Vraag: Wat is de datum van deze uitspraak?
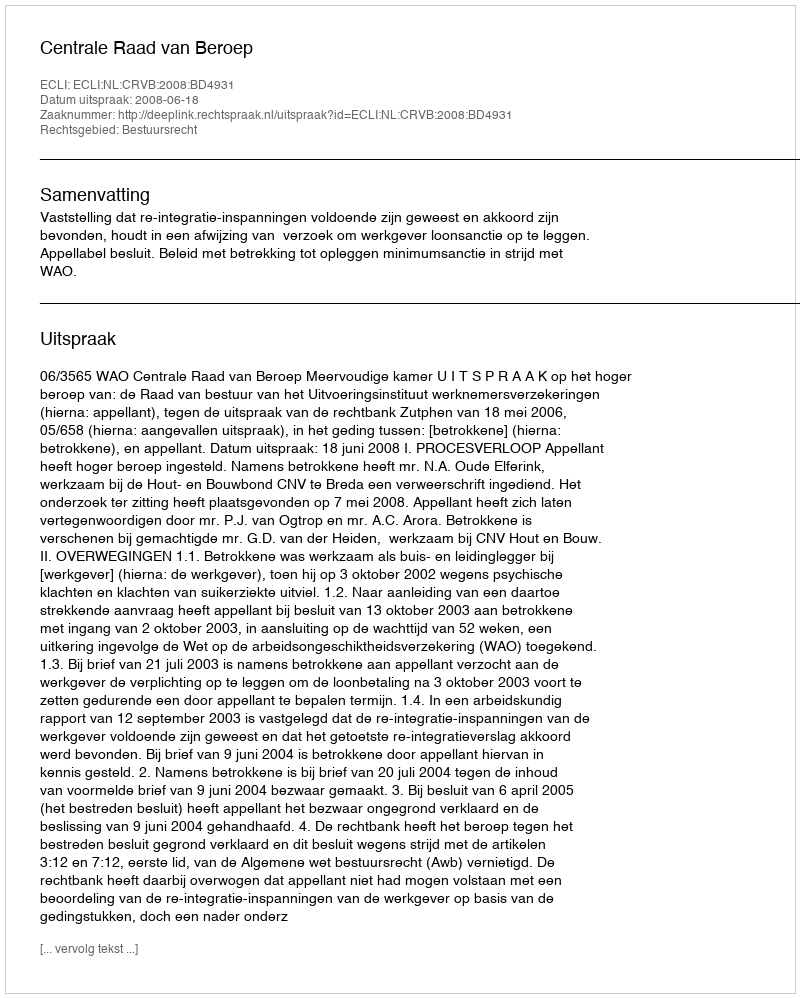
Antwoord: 2008-06-18